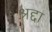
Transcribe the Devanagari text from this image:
श्रद्दा